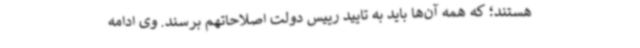
هستند؛ که همه آن‌ها باید به تایید رییس دولت اصلاحاتهم برسند. وی ادامه